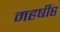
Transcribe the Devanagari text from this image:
महर्षी६